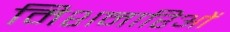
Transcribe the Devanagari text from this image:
मिशनारिओं